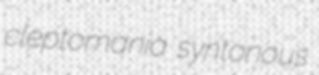
cleptomania syntonous